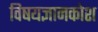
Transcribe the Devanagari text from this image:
विषयज्ञानकोश